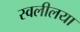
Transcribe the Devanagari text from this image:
स्वलीलया